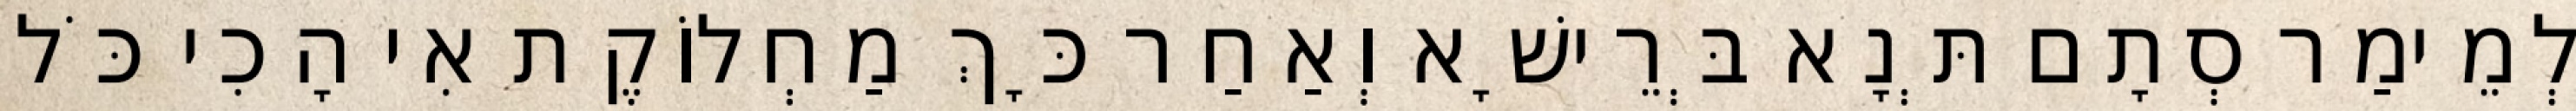
לְמֵימַר סְתָם תְּנָא בְּרֵישָׁא וְאַחַר כָּךְ מַחְלוֹקֶת אִי הָכִי כֹּל